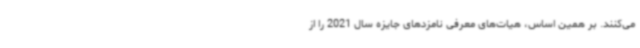
می‌کنند. بر همین اساس، هیات‌های معرفی نامزدهای جایزه سال 2021 را از